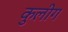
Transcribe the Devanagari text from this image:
कुलीग